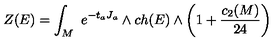
Z ( E ) = \int _ { M } \ e ^ { - t _ { a } J _ { a } } \wedge c h ( E ) \wedge \left( 1 + { \frac { c _ { 2 } ( M ) } { 2 4 } } \right)